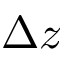
\Delta z